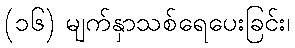
(၁၆) မျက်နှာသစ်ရေပေးခြင်း၊